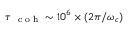
\tau { _ { \mathrm { ~ \scriptsize ~ c ~ o ~ h ~ } } } \sim 1 0 ^ { 6 } \times ( 2 \pi / \omega _ { c } )